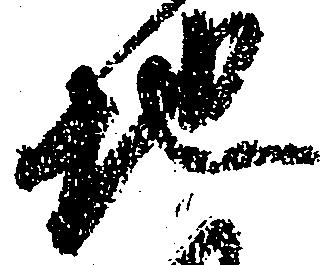
地